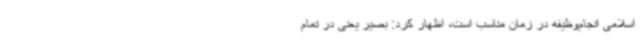
اسلامی انجام‌وظیفه در زمان مناسب است، اظهار کرد: بصیر یعنی در تمام